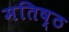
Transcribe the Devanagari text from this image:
मतिष्ठ